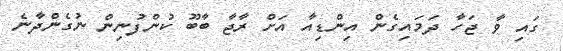
ގައި ވާ ޖަހާ ދަމައިގެން އިންޑިއާ އަށް ރާޖާ ބާބޫ ކުންފުނިން ނުގެންދާނެ